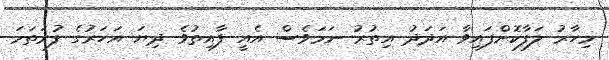
މިހާރު ލަފާކޮށްފައިވާ އަދަދު އިތުރު ނަމަވެސް އެއީ ފާއިތުވެ ދިޔަ އަހަރުގެ ފުރަތަމަ